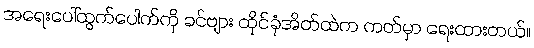
အရေးပေါ်ထွက်ပေါက်ကို ခင်ဗျား ထိုင်ခုံအိတ်ထဲက ကတ်မှာ ရေးထားတယ်။